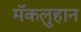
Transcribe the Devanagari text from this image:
मॅकलुहान